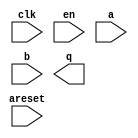
module add (
		input  wire        clk,    //    clk.clk
		input  wire        areset, // areset.reset
		input  wire [0:0]  en,     //     en.en
		input  wire [31:0] a,      //      a.a
		input  wire [31:0] b,      //      b.b
		output wire [31:0] q       //      q.q
	);
endmodule